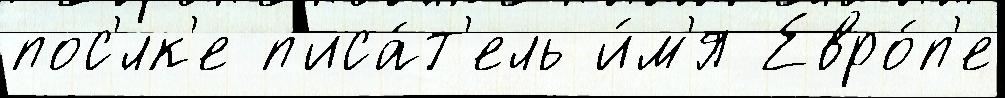
пос'́лк'е п'иса́т'ель и́м'я Евро́п'е